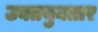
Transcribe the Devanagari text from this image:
उक्तयुक्तार